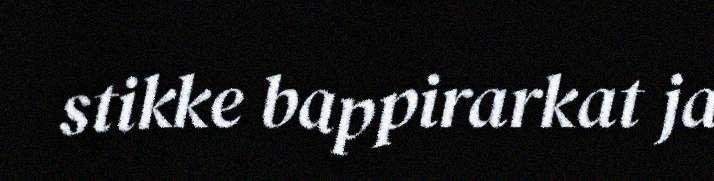
stikke bappirarkat ja